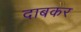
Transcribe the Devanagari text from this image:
दाबकर